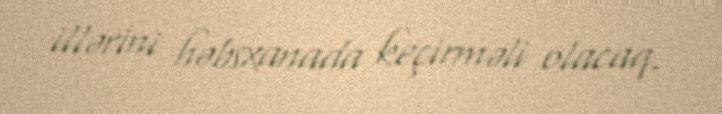
illərini həbsxanada keçirməli olacaq.